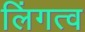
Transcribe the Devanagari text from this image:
लिंगत्व